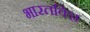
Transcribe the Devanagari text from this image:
भारतविज्ञ